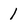
Character: 1